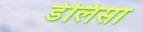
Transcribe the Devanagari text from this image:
डेलिसा